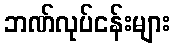
ဘဏ်လုပ်ငန်းများ